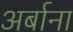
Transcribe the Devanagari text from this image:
अर्बाना